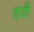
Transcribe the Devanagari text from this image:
हरौं